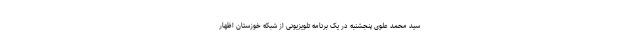
سید محمد علوی پنجشنبه در یک برنامه تلویزیونی از شبکه خوزستان اظهار